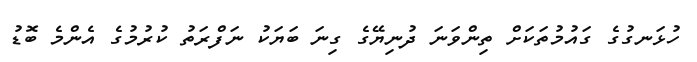
ހުޅަނގުގެ ގައުމުތަކަށް ތިންވަނަ ދުނިޔޭގެ ގިނަ ބަޔަކު ނަފްރަތު ކުރުމުގެ އެންމެ ބޮޑު